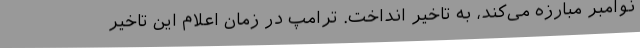
نوامبر مبارزه می‌کند، به تاخیر انداخت. ترامپ در زمان اعلام این تاخیر